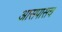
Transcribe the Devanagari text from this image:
आसपासच